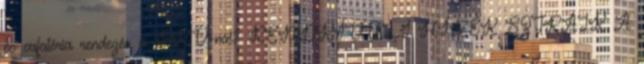
és cafatéria rendezés a BKV-nál? RENDKÍVÜLI HÍREK SZTRÁJK A